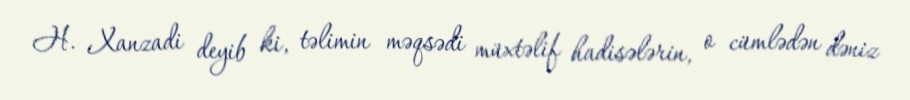
H. Xanzadi deyib ki, təlimin məqsədi müxtəlif hadisələrin, o cümlədən dəniz